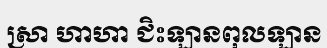
ស្រា ហាហា ជិះឡានពុលឡាន